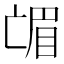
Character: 𱲼